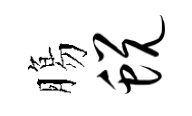
膓蜕